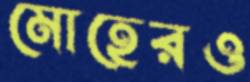
মোহেরও